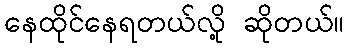
နေထိုင်နေရတယ်လို့ ဆိုတယ်။